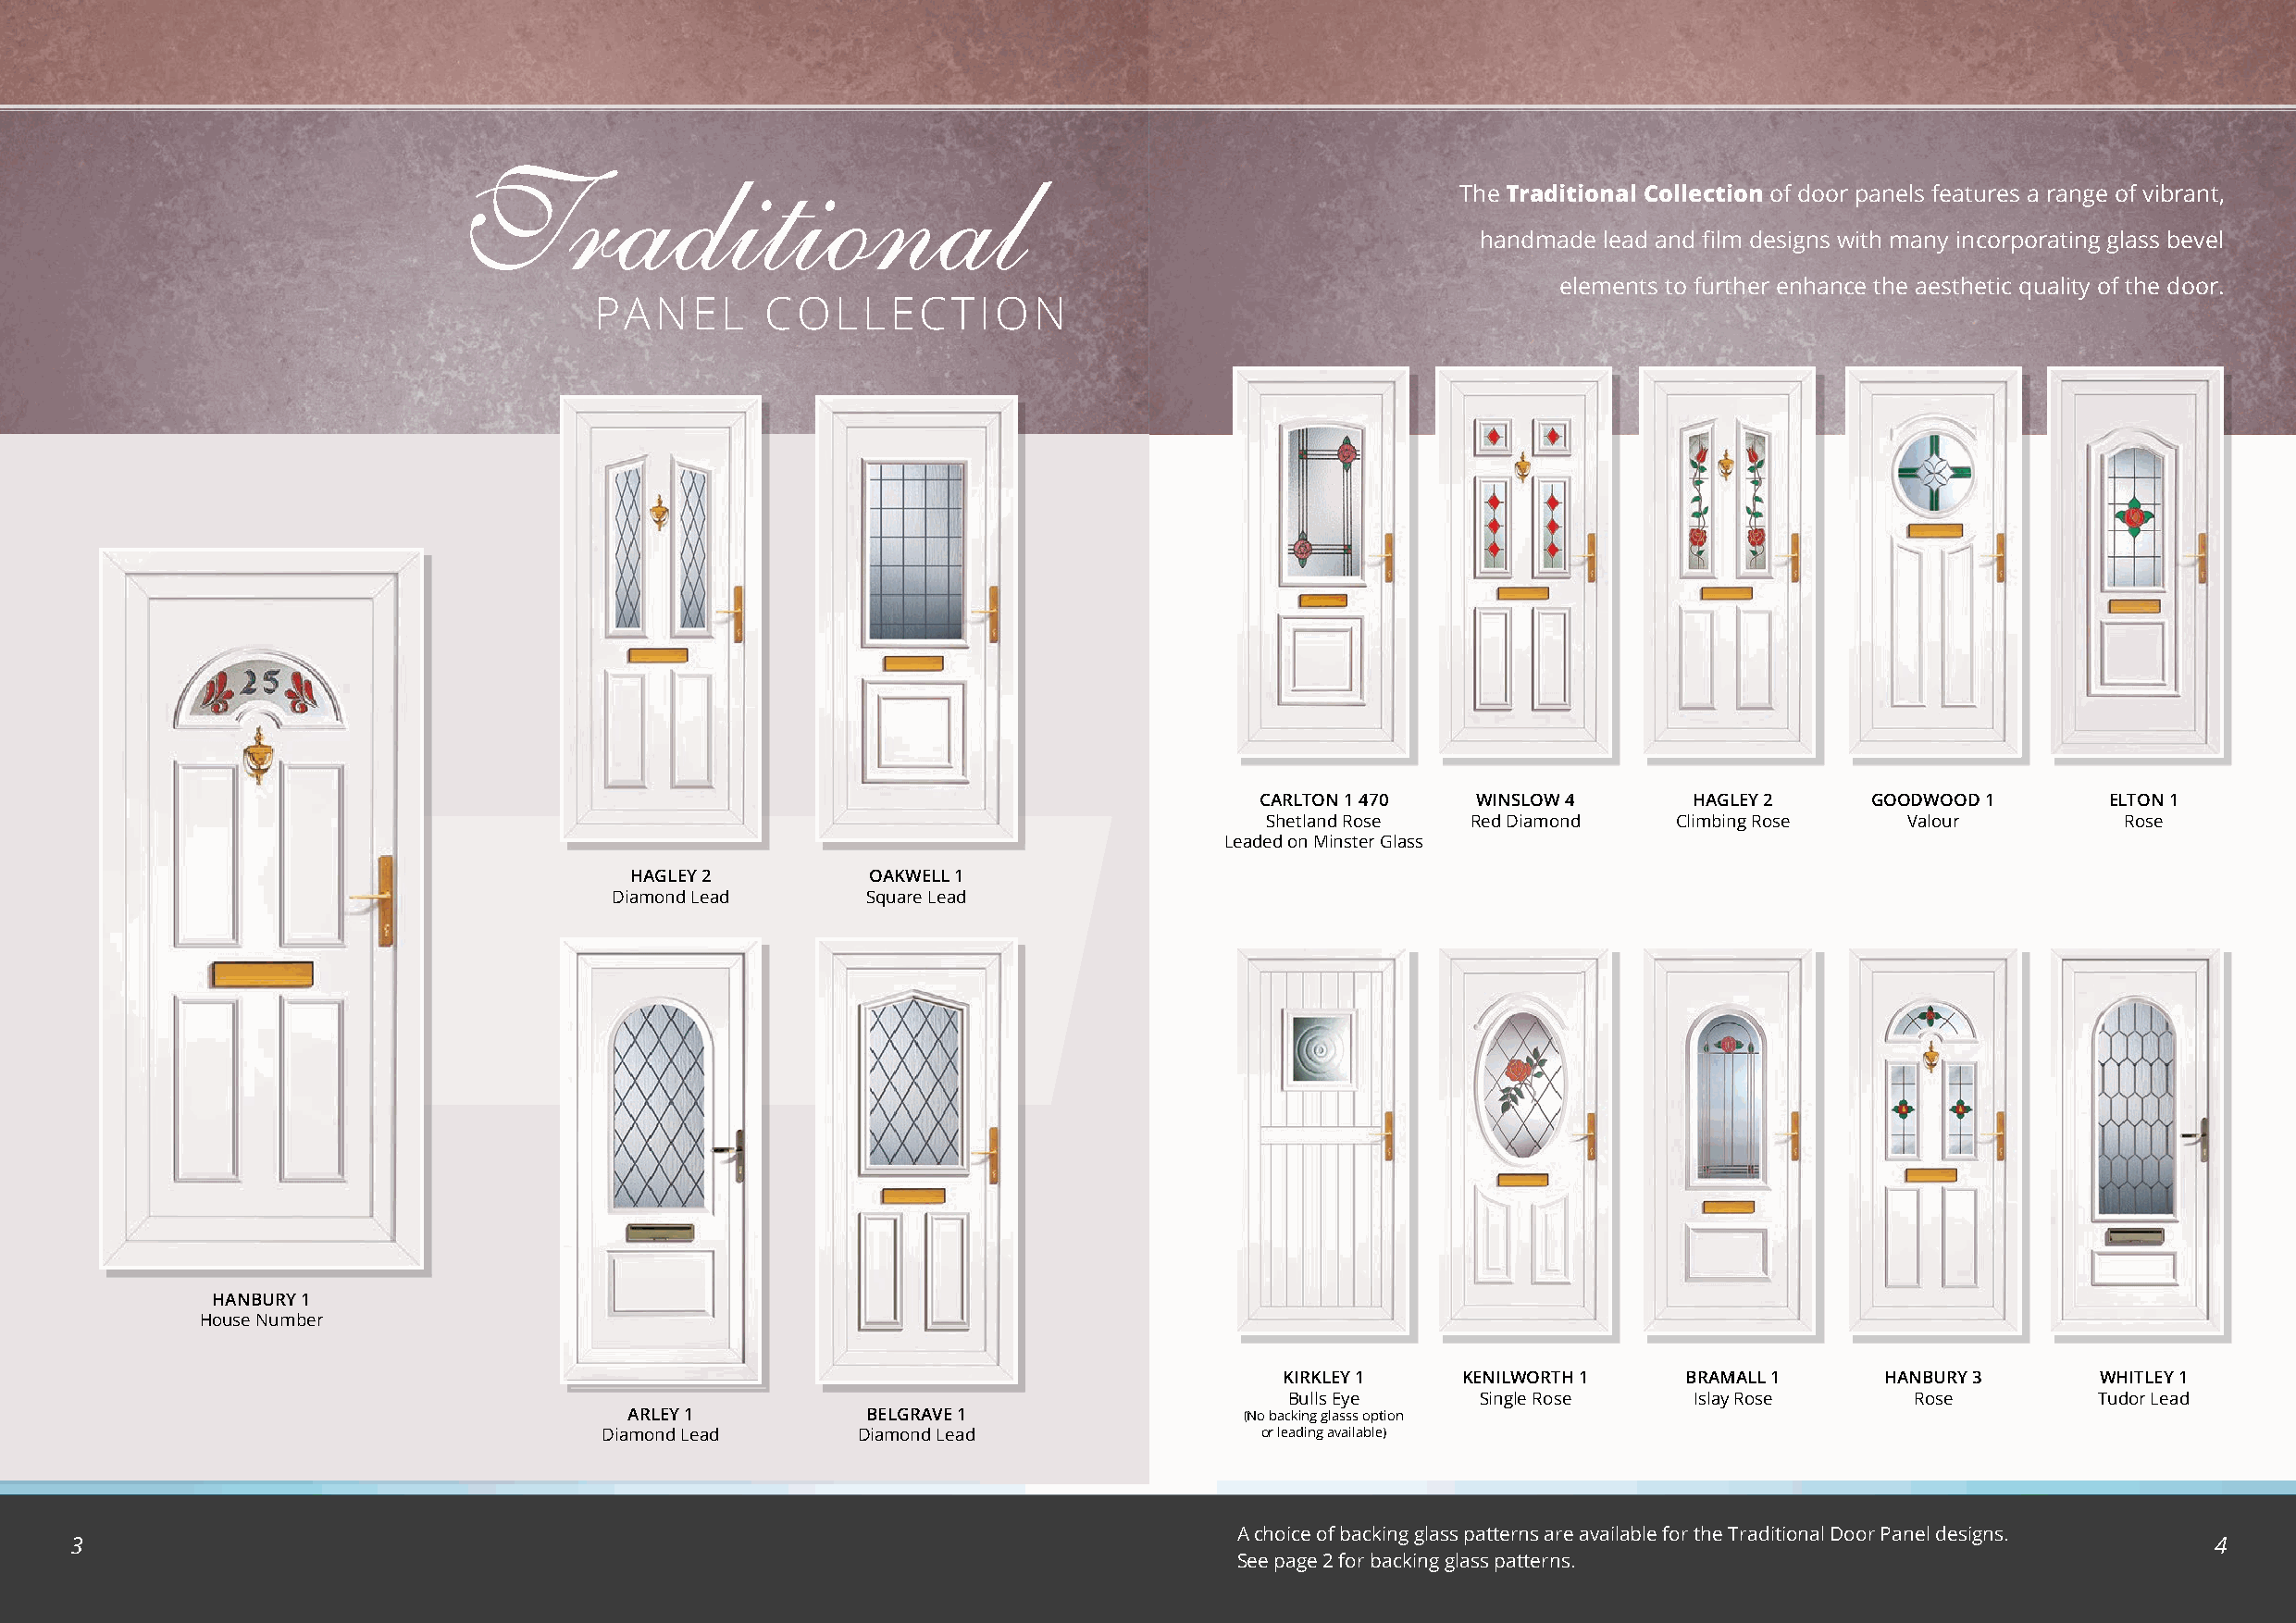
Traditional
 The Traditional Collection of door panels features a range of vibrant,
 handmade lead and film designs with many incorporating glass bevel
 elements to further enhance the aesthetic quality of the door.
 PANEL       COLLECTION
 CARLTON 1 470   WINSLOW 4      HAGLEY 2     GOODWOOD 1       ELTON 1
 Shetland Rose Red Diamond    Climbing Rose   Valour          Rose
 Leaded on Minster Glass
 HAGLEY 2         OAKWELL 1
 Diamond Lead      Square Lead
 HANBURY 1
 House Number
 KIRKLEY 1    KENILWORTH 1    BRAMALL 1     HANBURY 3      WHITLEY 1
 Bulls Eye     Single Rose    Islay Rose      Rose         Tudor Lead
 ARLEY 1          BELGRAVE 1                 (No backing glasss option
 Diamond Lead      Diamond Lead                 or leading available)
 A choice of backing glass patterns are available for the Traditional Door Panel designs.
 3                                                                                                                                                        4
 See page 2 for backing glass patterns.